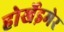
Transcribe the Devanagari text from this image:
होर्खेइमेर